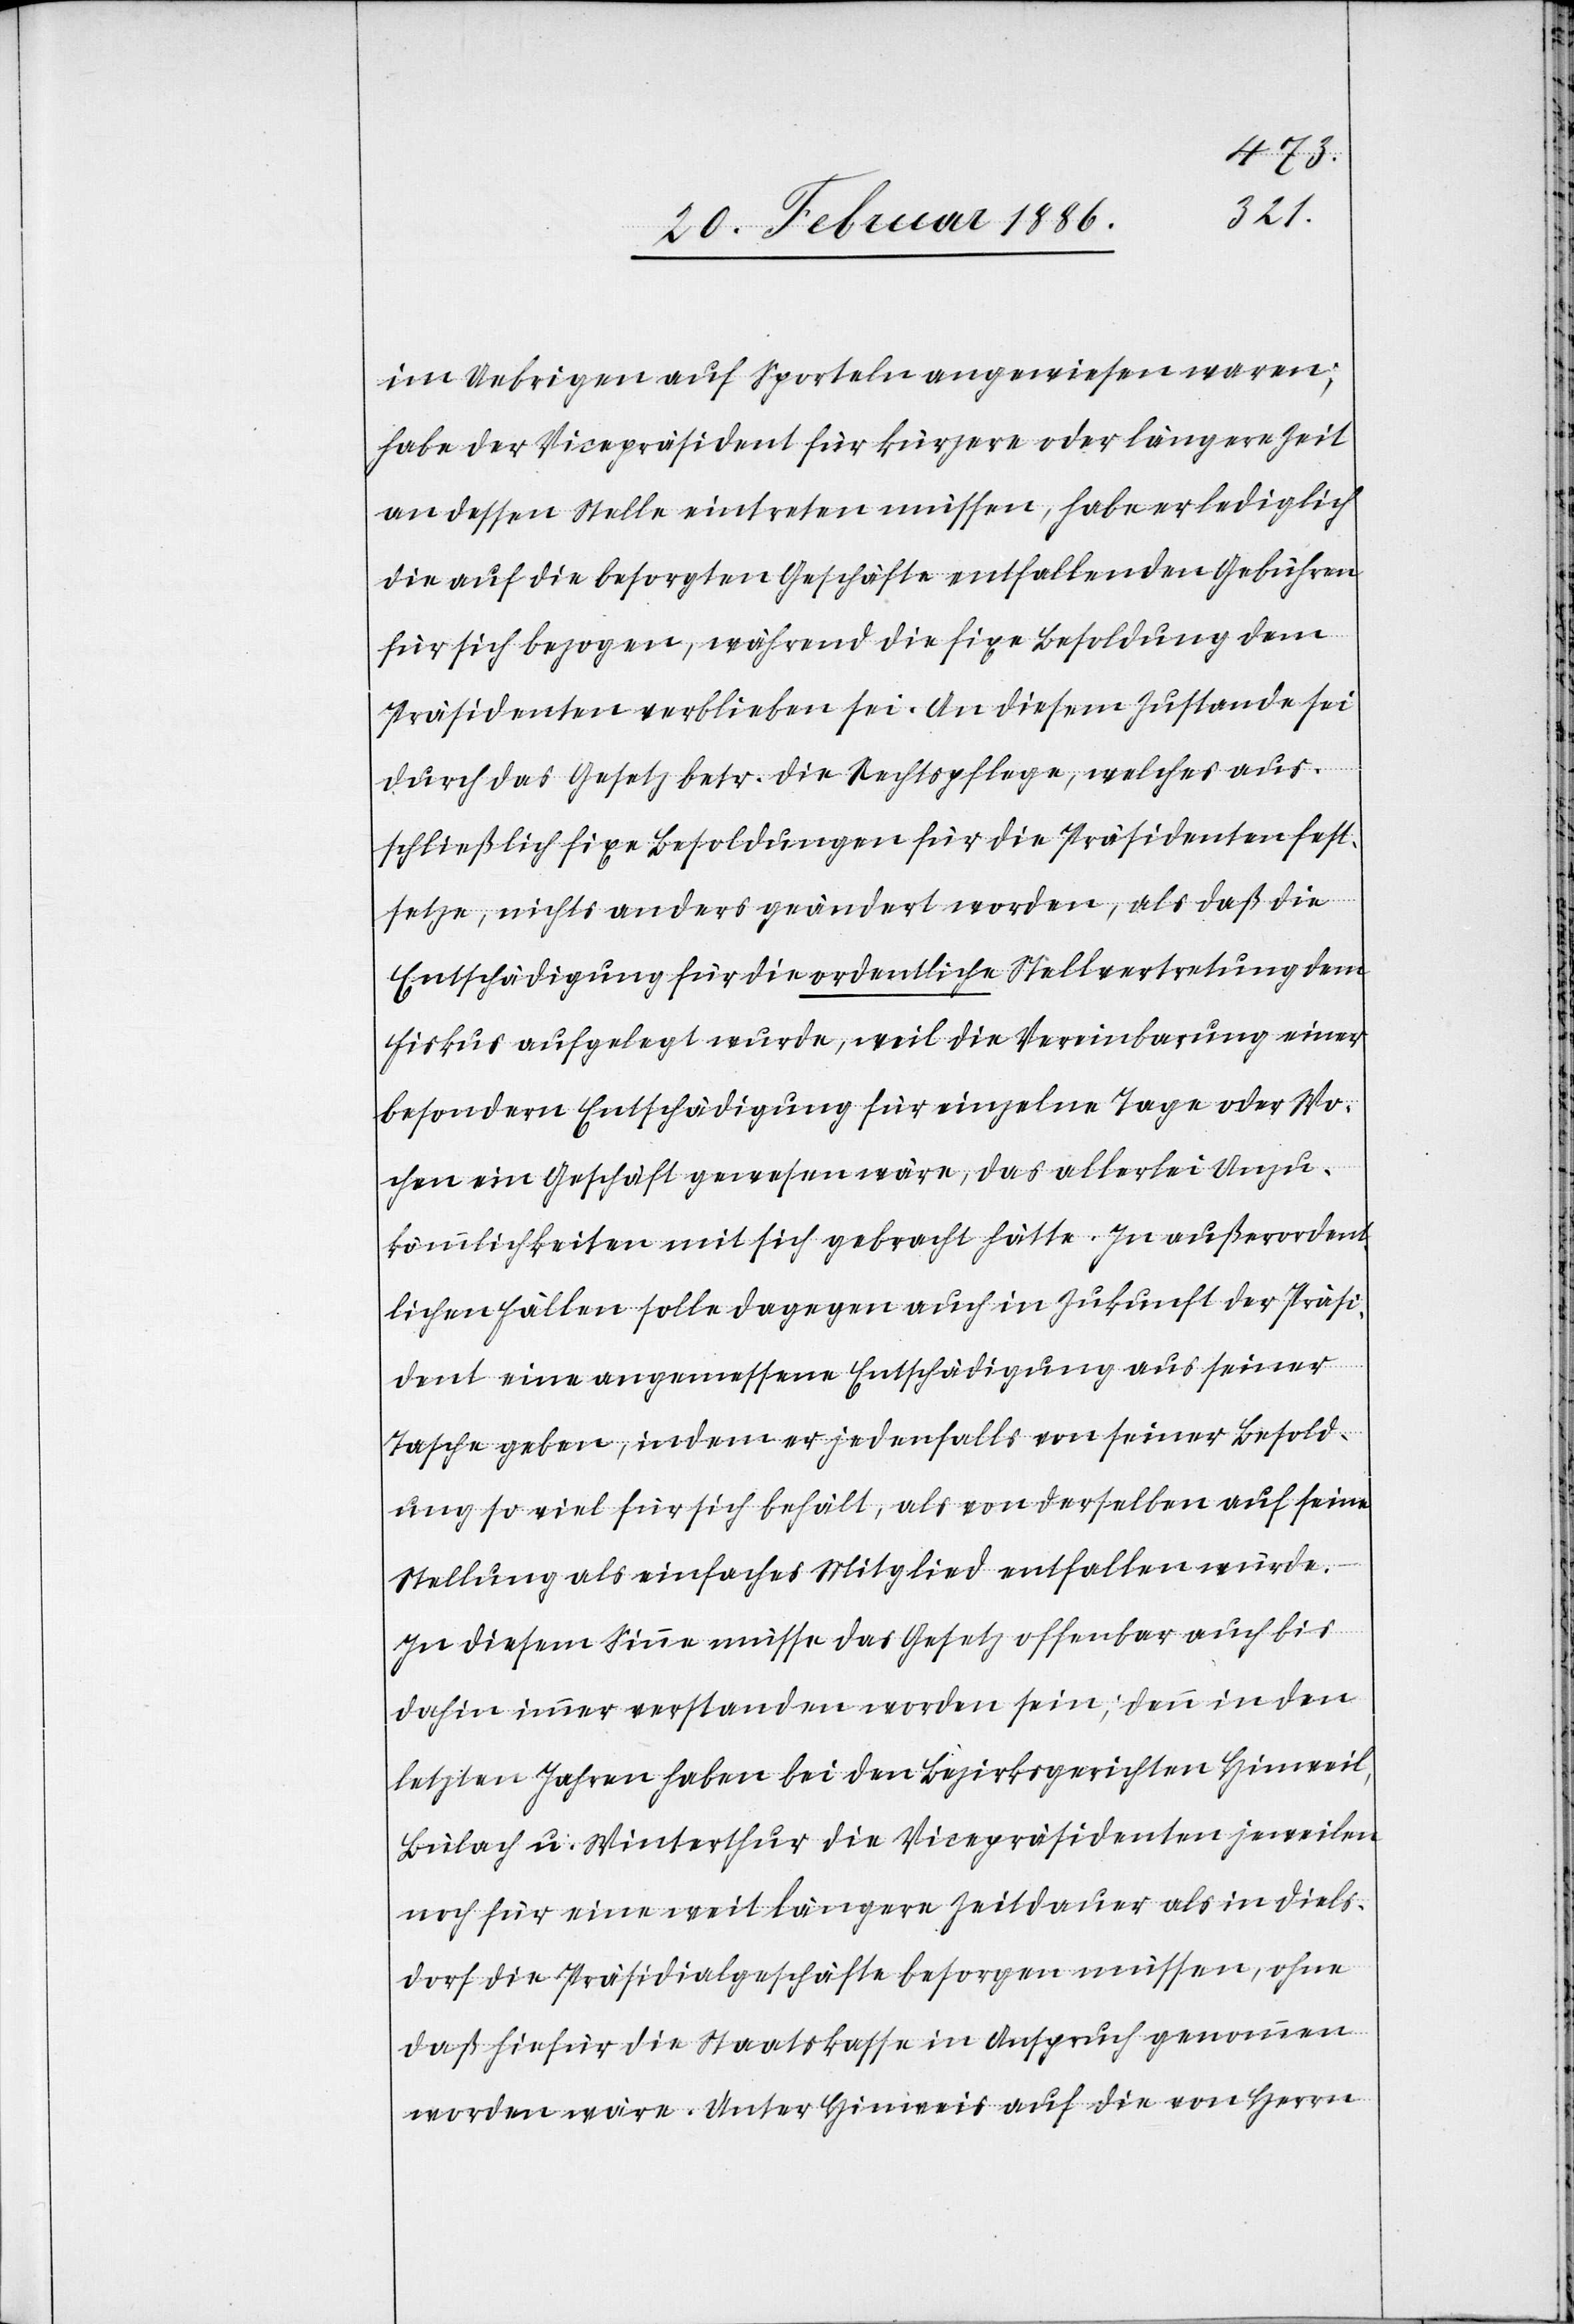
im Uebrigen auf Sportalen angewiesen waren;
habe der Vicepräsident für kürzere oder längere Zeit
an dessen Stelle eintreten müssen, habe er lediglich
die auf die besorgten Geschäfte entfallenden Gebühren
für sich bezogen, während die fixe Besoldung dem
Präsidenten verblieben sei. An diesem Zustande sei
durch das Gesetz betr. die Rechtspflege, welche aus¬
schließlich fixe Besoldungen für die Präsidenten fest¬
setze, nichts anders geändert worden, als daß die
Entschädigung für die ordentliche Stellvertretung dem
Fiskus aufgelegt wurde, weil die Vereinbarung einer
besondern Entschädigung für einzelne Tage oder Wo¬
chen ein Geschäft gewesen wäre, das allerlei Unzu¬
kömmlichkeiten mit sich gebracht hätte. In außerorden¬
tlichen Fällen soll dagegen auch in Zukunft der Präsi¬
dent eine angemessene Entschädigung aus seiner
Tasche geben, indem er jedenfalls von seiner Besold¬
ung so viel für sich behält, als von derselben auf seine
Stellung als einfaches Mitglied entfallen würde.
In diesem Sinne müsse das Gesetz offenbar auch bis
dahin immer verstanden worden sein; denn in den
letzten Jahren habe bei den Bezirksgerichten Hinweil,
Bülach u. Winterthur die Vicepräsidenten jeweilen
noch für eine weit längere Zeitdauer als in Diels¬
dorf die Präsidialgeschäfte besorgen müssen, ohne
daß hiefür die Staatskasse in Anspruch genommen
worden wäre. Unter Hinweis auf die von Herrn